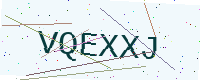
Text: VQEXXJ